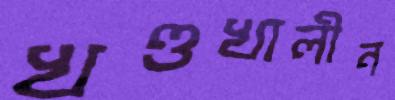
খণ্ডখালীন